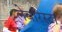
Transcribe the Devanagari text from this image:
लेबरिस्टा